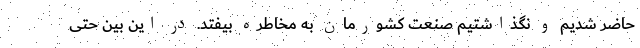
حاضر شدیم و نگذاشتیم صنعت کشورمان به مخاطره بیفتد. در این بین حتی